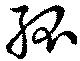
孤